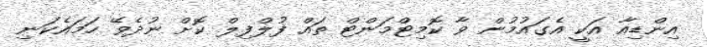
އިންޑިއާ އަކީ އެގައުމުން ވާ ކޮމިޓްމަންޓް ތައް ފުލްފިލް ކޮށް ނުދެވޭ ހަމައެކަނި